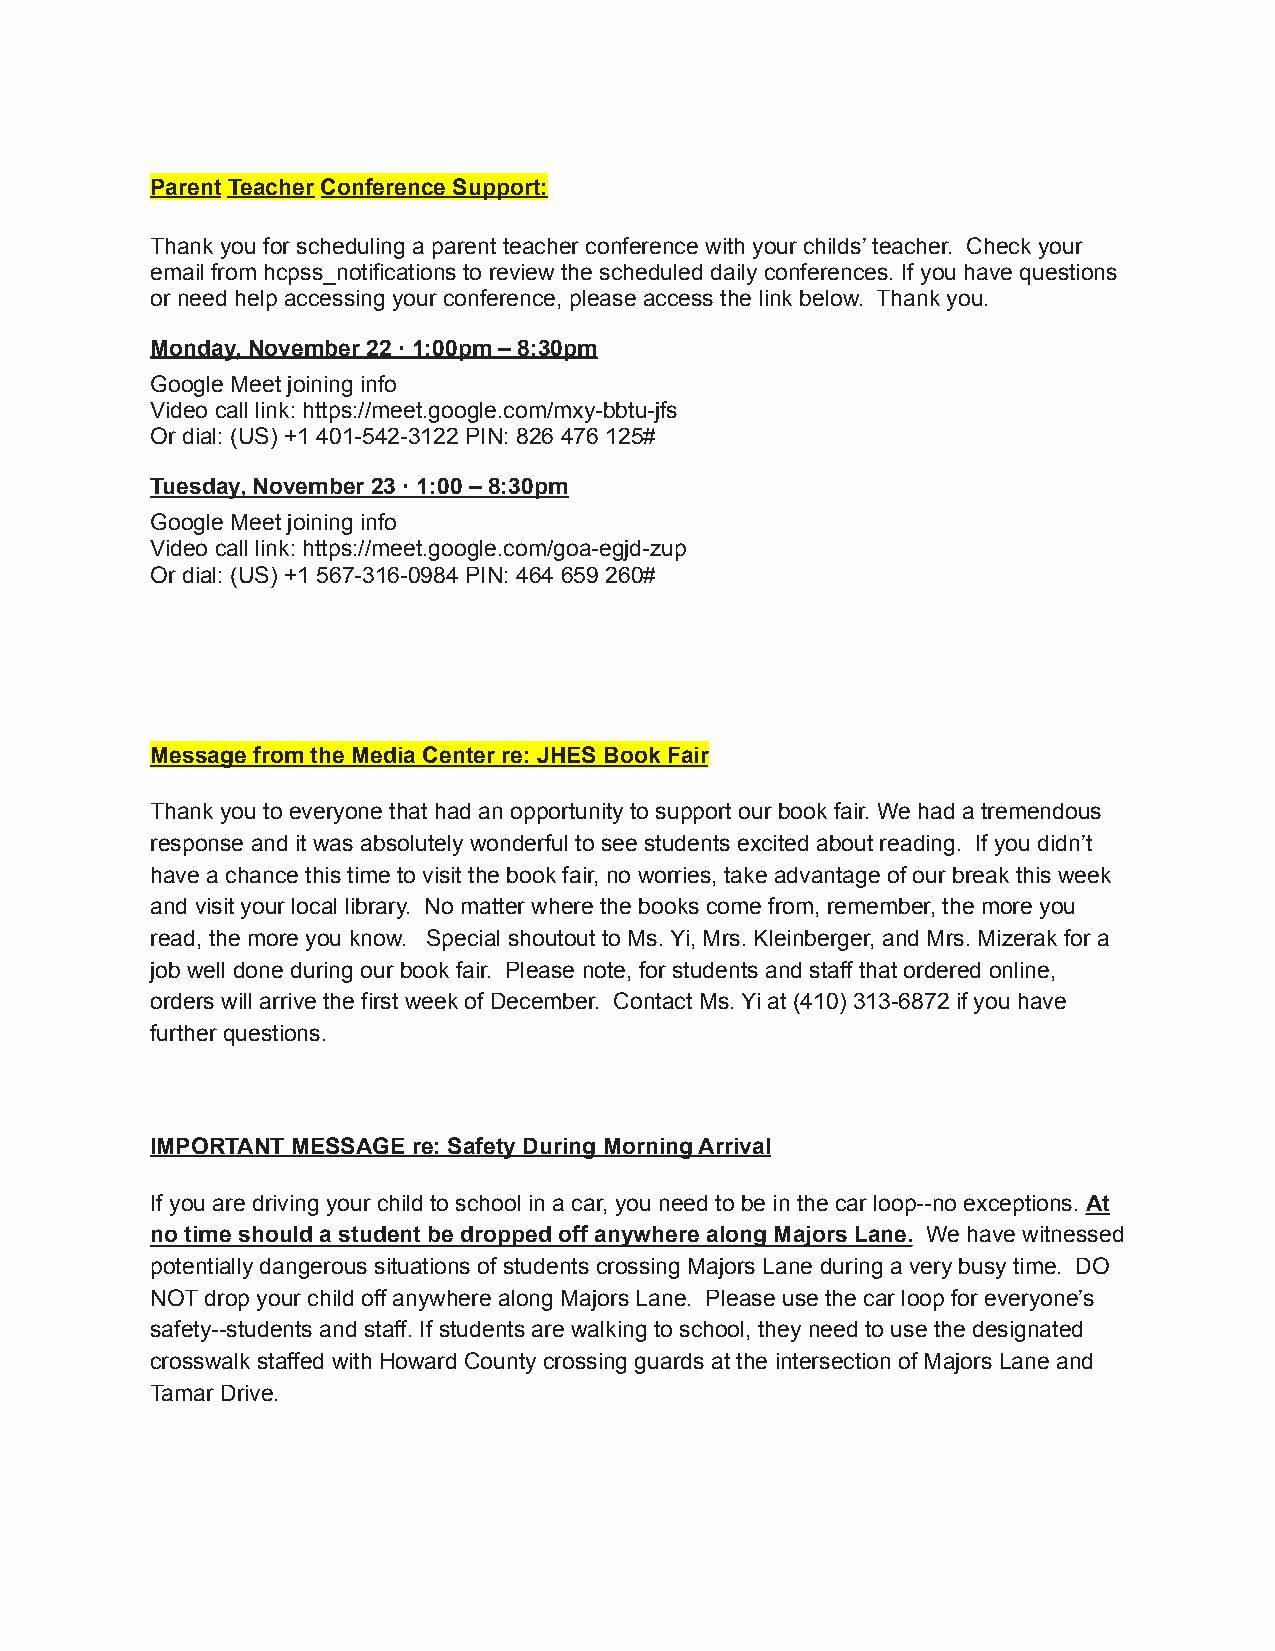
Parent Teacher Conference Support:
 Thank you for scheduling a parent teacher conference with your childs’ teacher. Check your
 email from hcpss_notifications to review the scheduled daily conferences. If you have questions
 or need help accessing your conference, please access the link below. Thank you.
 Monday, November 22 · 1:00pm – 8:30pm
 Google Meet joining info
 Video call link: https://meet.google.com/mxy-bbtu-jfs
 Or dial: (US) +1 401-542-3122 PIN: 826 476 125#
 Tuesday, November 23 · 1:00 – 8:30pm
 Google Meet joining info
 Video call link: https://meet.google.com/goa-egjd-zup
 Or dial: (US) +1 567-316-0984 PIN: 464 659 260#
 Message from the Media Center re: JHES Book Fair
 Thank you to everyone that had an opportunity to support our book fair. We had a tremendous
 response and it was absolutely wonderful to see students excited about reading. If you didn’t
 have a chance this time to visit the book fair, no worries, take advantage of our break this week
 and visit your local library. No matter where the books come from, remember, the more you
 read, the more you know. Special shoutout to Ms. Yi, Mrs. Kleinberger, and Mrs. Mizerak for a
 job well done during our book fair. Please note, for students and staff that ordered online,
 orders will arrive the first week of December. Contact Ms. Yi at (410) 313-6872 if you have
 further questions.
 IMPORTANT MESSAGE re: Safety During Morning Arrival
 If you are driving your child to school in a car, you need to be in the car loop--no exceptions. At
 no time should a student be dropped off anywhere along Majors Lane. We have witnessed
 potentially dangerous situations of students crossing Majors Lane during a very busy time. DO
 NOT drop your child off anywhere along Majors Lane. Please use the car loop for everyone’s
 safety--students and staff. If students are walking to school, they need to use the designated
 crosswalk staffed with Howard County crossing guards at the intersection of Majors Lane and
 Tamar Drive.